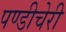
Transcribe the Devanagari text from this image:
पण्डीचेरी